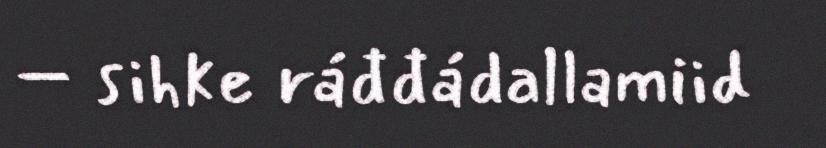
– sihke ráđđádallamiid